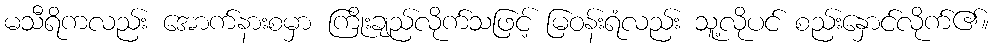
မသီရိကလည်း အောက်နားစမှာ ကြိုးချည်လိုက်သဖြင့် မြဝန်းရံလည်း သူ့လိုပင် စည်းနှောင်လိုက်၏။